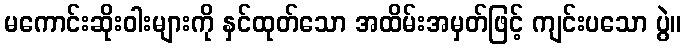
မကောင်းဆိုးဝါးများကို နှင်ထုတ်သော အထိမ်းအမှတ်ဖြင့် ကျင်းပသော ပွဲ။